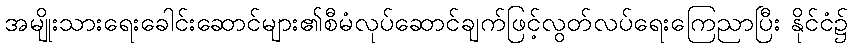
အမျိုးသားရေးခေါင်းဆောင်များ၏စီမံလုပ်ဆောင်ချက်ဖြင့်လွတ်လပ်ရေးကြေညာပြီး နိုင်ငံ၌